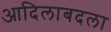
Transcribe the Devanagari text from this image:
आदिलाबदला